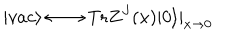
LaTeX: | v a c \rangle \longleftrightarrow \mathrm { T r } Z ^ { J } ( x ) | 0 \rangle | _ { x \to 0 }